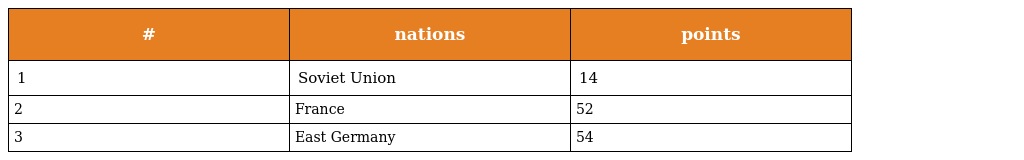
| # | nations | points |
 | --- | --- | --- |
 | 1 | Soviet Union | 14 |
 | 2 | France | 52 |
 | 3 | East Germany | 54 |